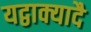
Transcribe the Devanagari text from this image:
यद्वाक्यादै